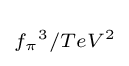
\scriptstyle {f_{\pi }}^{3}/TeV^{2}